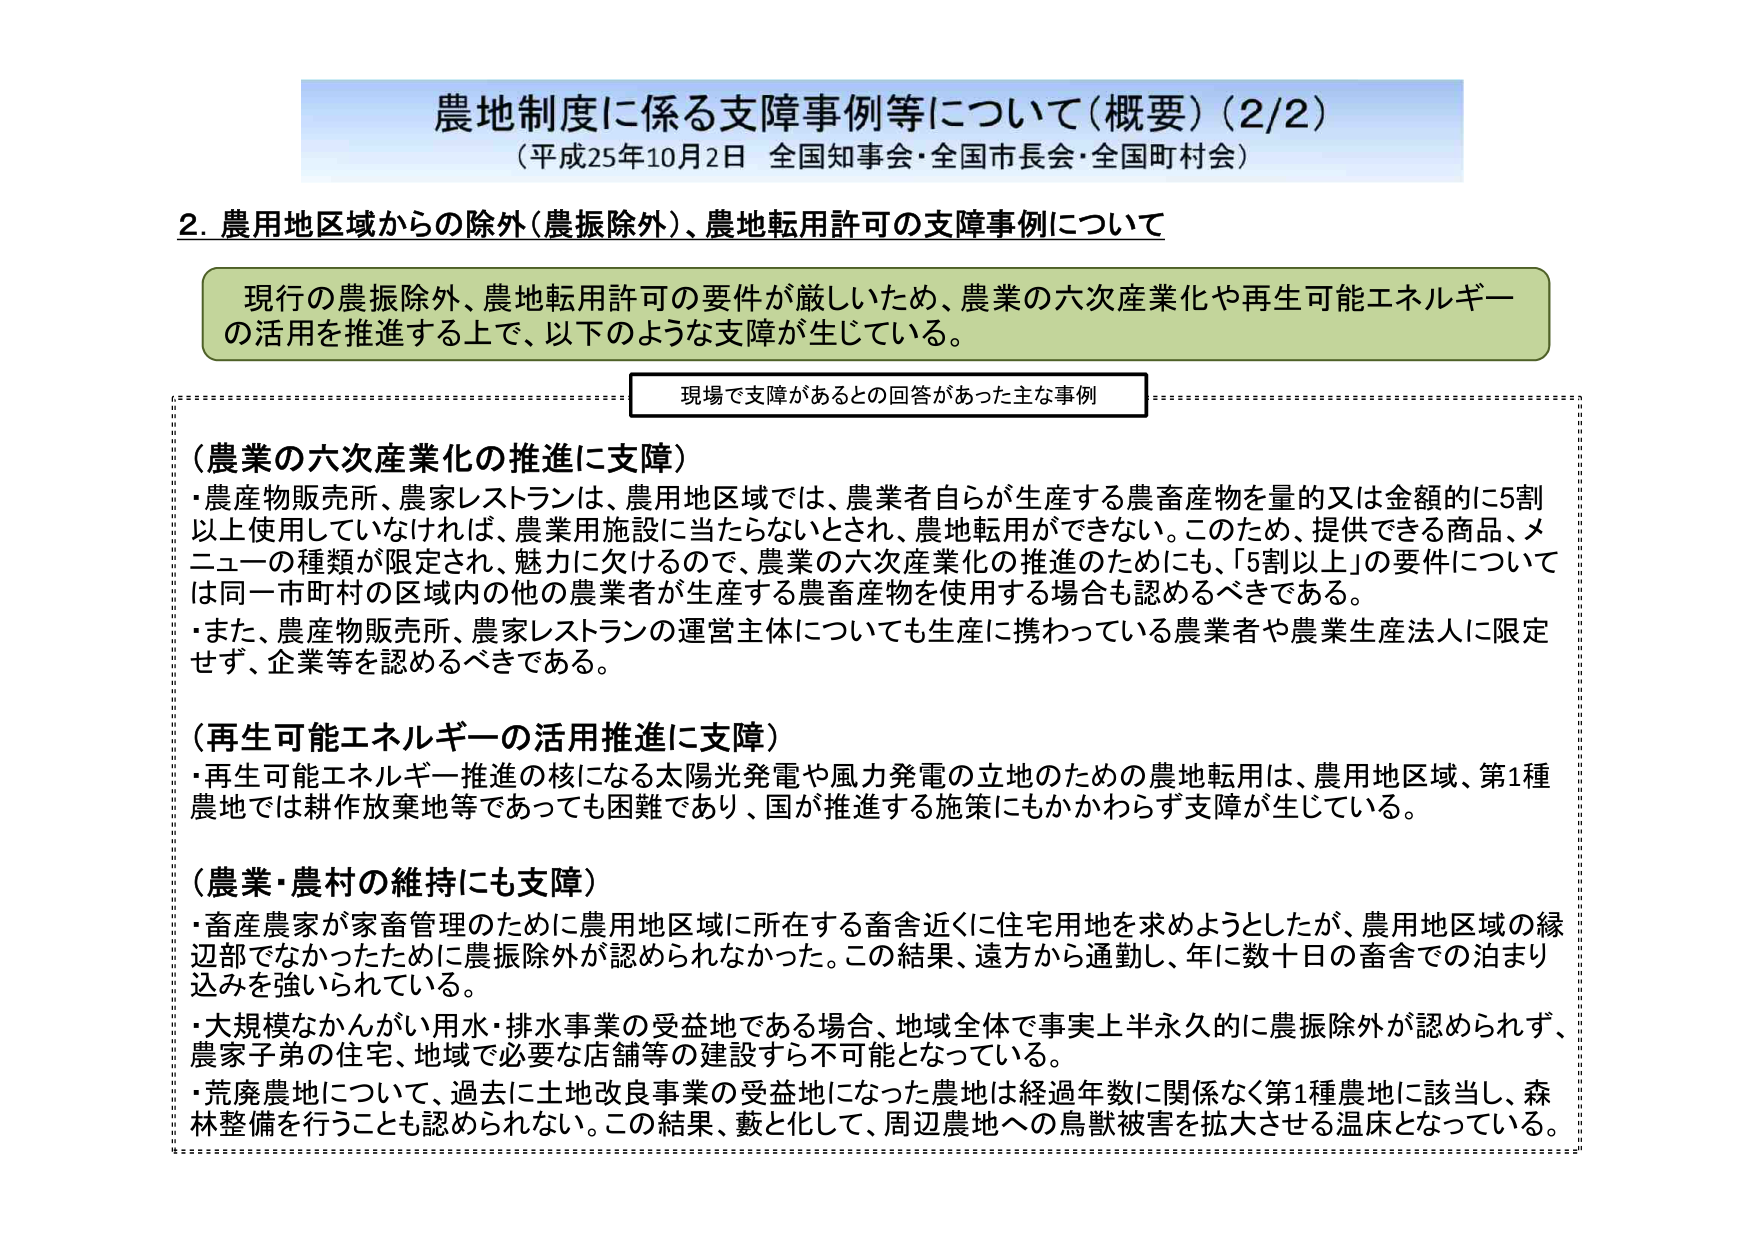
農地制度に係る支障事例等について（概要）（2/2）
（平成25年10月2日 全国知事会・全国市長会・全国町村会）

2. 農用地区域からの除外（農振除外）、農地転用許可の支障事例について

現行の農振除外、農地転用許可の要件が厳しいため、農業の六次産業化や再生可能エネルギーの活用を推進する上で、以下のような支障が生じている。

現場で支障があるとの回答があった主な事例

（農業の六次産業化の推進に支障）
・農産物販売所、農家レストランは、農用地区域では、農業者自らが生産する農畜産物を量的又は金額的に5割以上使用していなければ、農業用施設に当たらないとされ、農地転用ができない。このため、提供できる商品、メニューの種類が限定され、魅力に欠けるので、農業の六次産業化の推進のためにも、「5割以上」の要件については同一市町村の区域内の他の農業者が生産する農畜産物を使用する場合も認めるべきである。
・また、農産物販売所、農家レストランの運営主体についても生産に携わっている農業者や農業生産法人に限定せず、企業等を認めるべきである。

（再生可能エネルギーの活用推進に支障）
・再生可能エネルギー推進の核になる太陽光発電や風力発電の立地のための農地転用は、農用地区域、第1種農地では耕作放棄地等であっても困難であり、国が推進する施策にもかかわらず支障が生じている。

（農業・農村の維持にも支障）
・畜産農家が家畜管理のために農用地区域に所在する畜舎近くに住宅用地を求めようとしたが、農用地区域の縁辺部でなかったために農振除外が認められなかった。この結果、遠方から通勤し、年に数十日の畜舎での泊まり込みを強いられている。
・大規模なかんがい用水・排水事業の受益地である場合、地域全体で事実上半永久的に農振除外が認められず、農家子弟の住宅、地域で必要な店舗等の建設すら不可能となっている。
・荒廃農地について、過去に土地改良事業の受益地になった農地は経過年数に関係なく第1種農地に該当し、森林整備を行うことも認められない。この結果、藪と化して、周辺農地への鳥獣被害を拡大させる温床となっている。